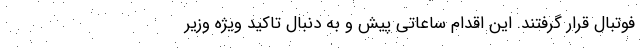
فوتبال قرار گرفتند. این اقدام ساعاتی پیش و به دنبال تاکید ویژه وزیر